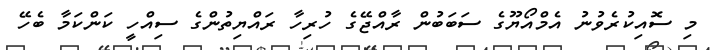
މި ސޮއިކުރެވުނު އެމްއޯޔޫގެ ސަބަބުން ރާއްޖޭގެ ހުރިހާ ރައްޔިތުންގެ ސިއްހީ ކަންކަމާ ބެހޭ